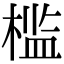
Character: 槛